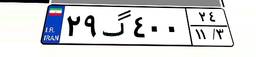
۰۵گ۶۷۴۹۷